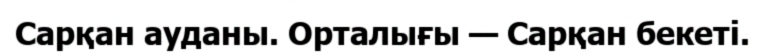
Сарқан ауданы. Орталығы — Сарқан бекеті.